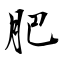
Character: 肥